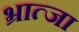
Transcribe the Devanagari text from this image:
भ्रात्जा